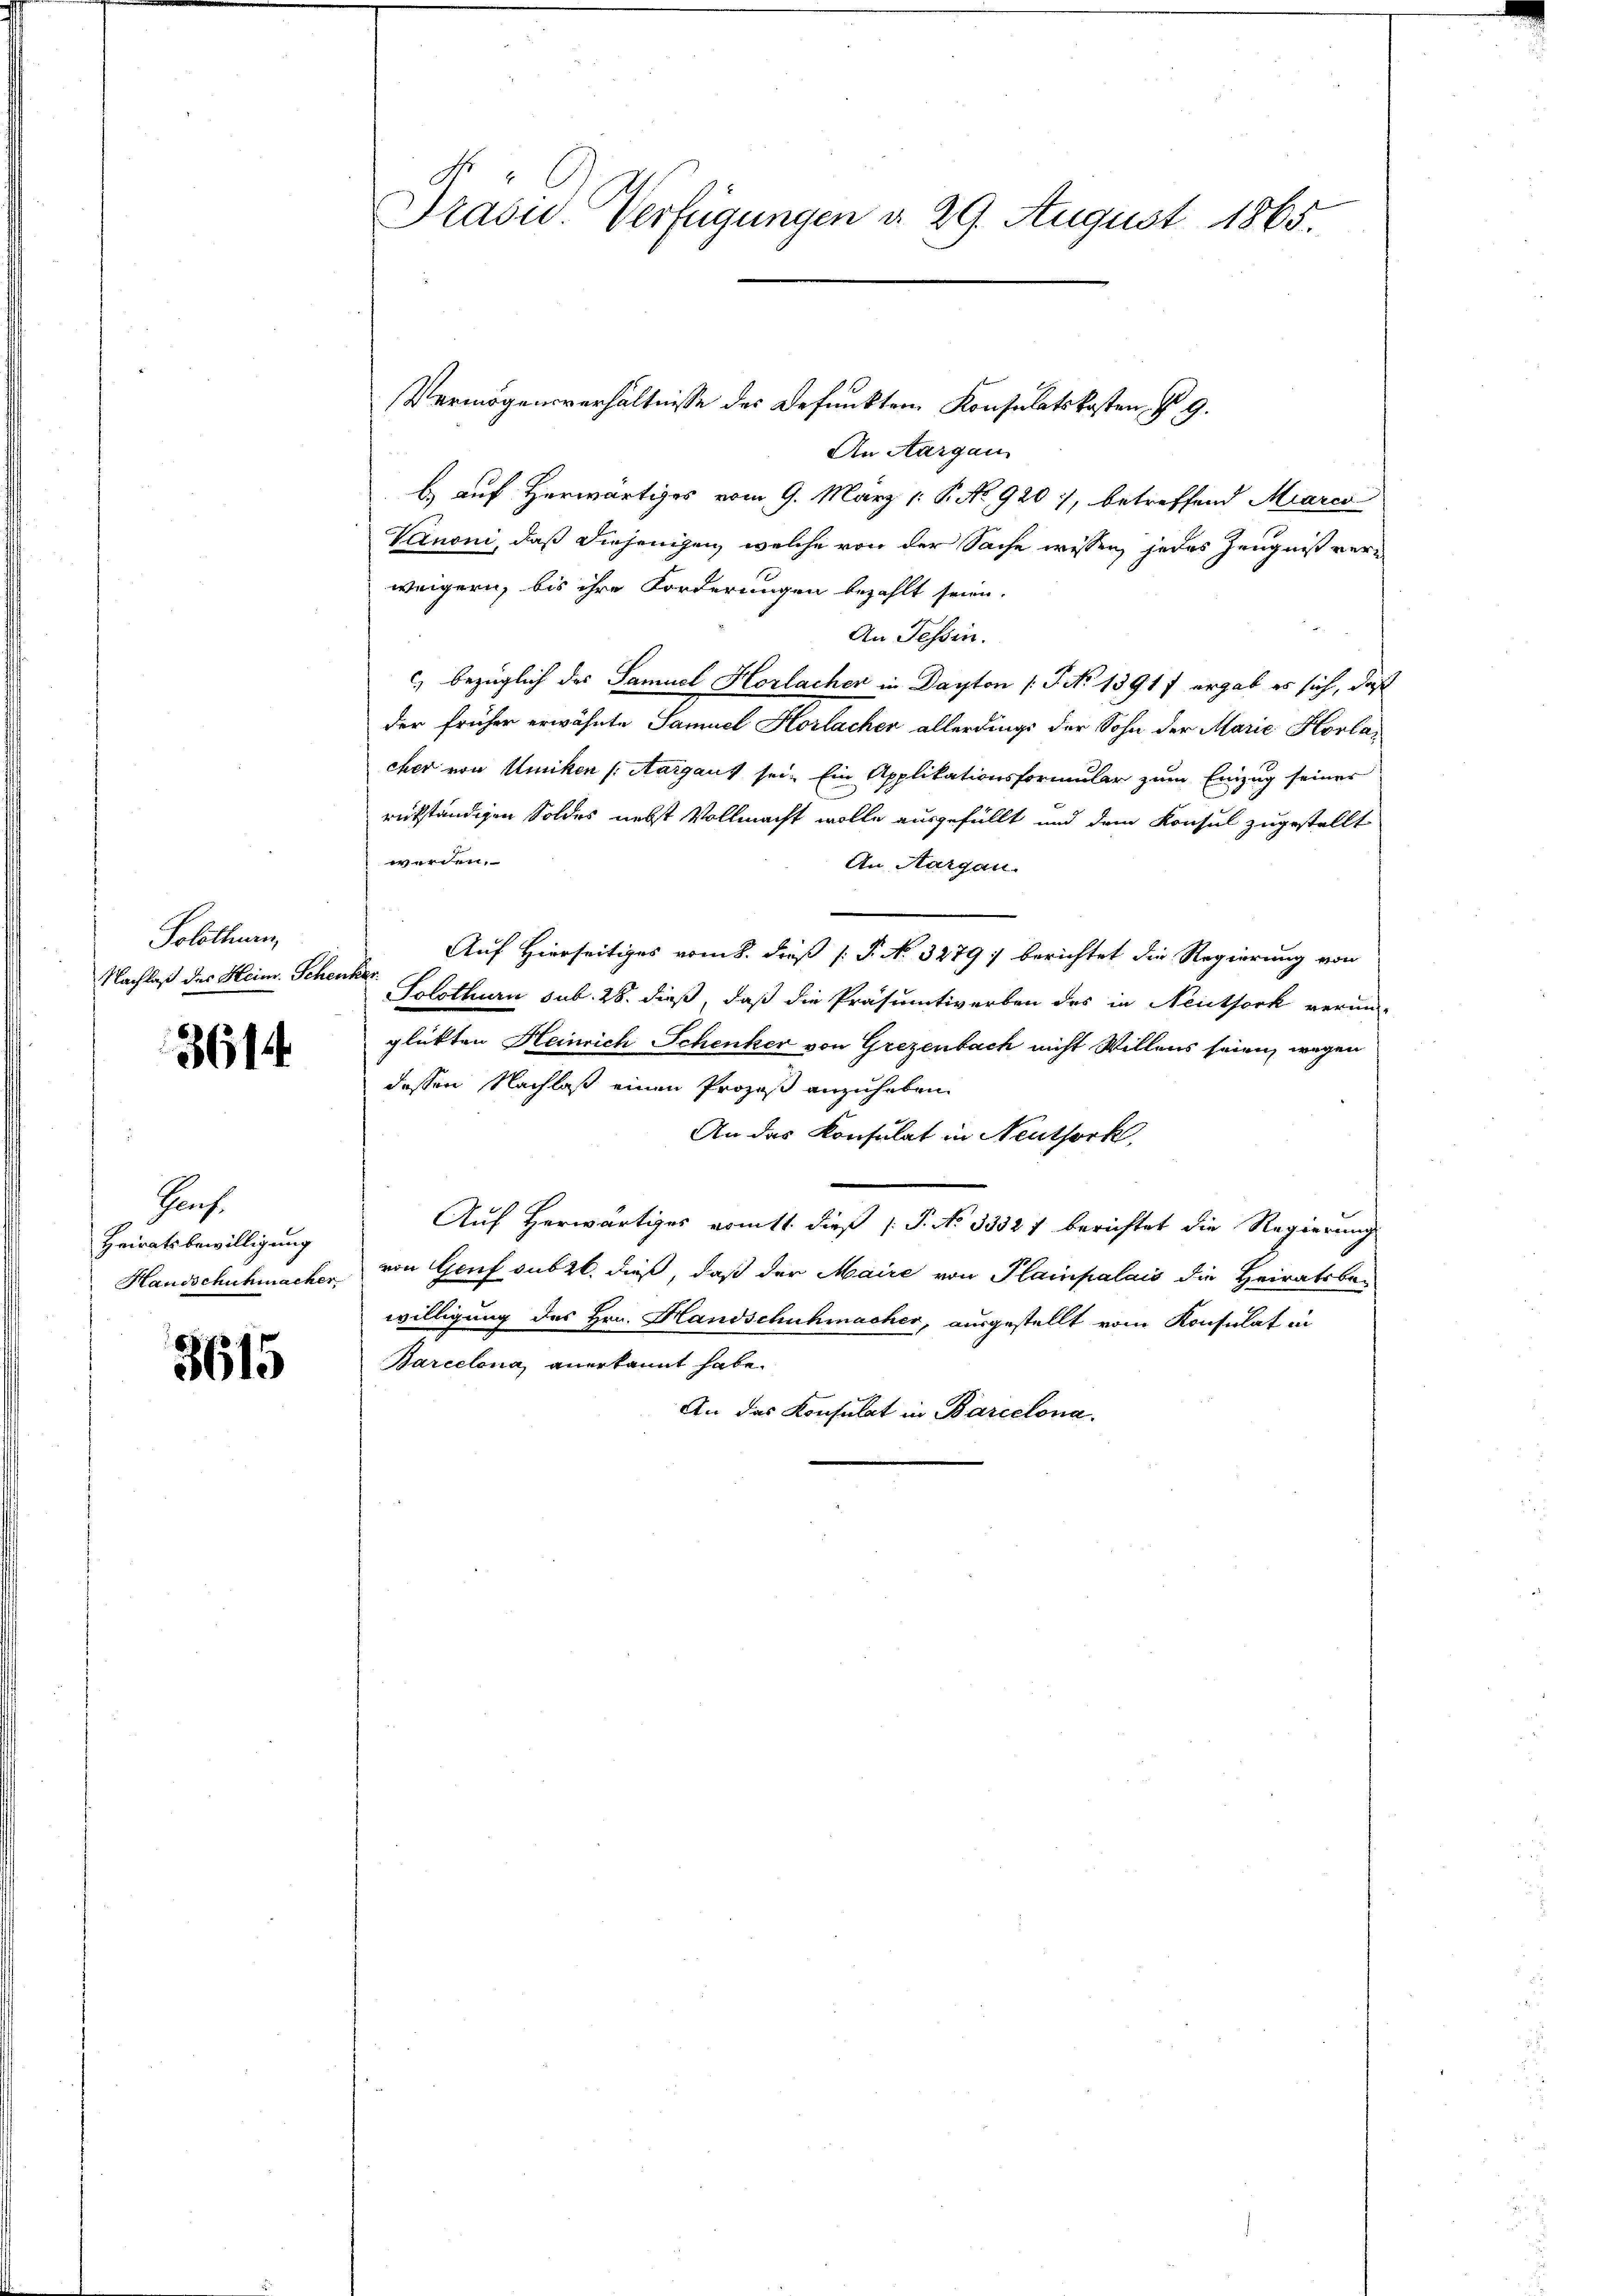
Solothurn,
Nachlaß des Heim. Scher

3614

Prof.
Heiratsbewilligung
Handschuhmacher

3615

Präsid. Verfügungen d. 29. August 1865.

An Aargau
b. auf Herwärtiges vom 9. März 1. P. No 920), betreffend Marco
Vanoni, daß diejenigen, welche von der Sache wissen, jedes Zeugniß vern
weigern, bis ihre Forderungen bezahlt seien.
An Tessin.
c) bezüglich das Samuel Horlachen in Dayton (T. No 1391 f ergab es sich, daß
der früher erwähnte Samuel Horlacher allerdings der Sohn der Marie Horlacher von Uiriken (Aargaus sei. Ein Applikationsformular zum Einzug seiner
rükständigen Soldes nebst Vollmacht wolle ausgefüllt und dem Konsul zugestellt
werden.
An Aargau.
Auf Hierseitiges vom 8. dieß P. No. 3279) berichtet die Regierung von
Kehr
Solothurn sub. 28. dieß, daß die Präsumtiverben des in Neuthork verun-
glükten Heinrich Schenker von Grezenbach nicht Willens seien, wegen
dessen Nachlaß einen Prozeß anzuhaben.
An das Konsulat in Neuthork
Auf Herwärtiges vomtt dieß P. No 3332 f berichtet die Regierung
von Genf subzl. dieß, daß der Maire von Plainpalais die Heiratsbe-
willigung des Hrn. Handschuhmacher, ausgestellt vom Konsulat in
Barcelona anerkannt habe.
An das Konsulat in Barcelona.

Vermögensverhältnisse des Befunkten Konsulatskosten § 9.